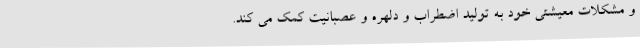
و مشکلات معیشتی خود به تولید اضطراب و دلهره و عصبانیت کمک می کند.